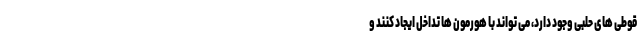
قوطی های حلبی وجود دارد، می تواند با هورمون ها تداخل ایجاد کنند و